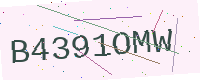
Text: B4391OMW